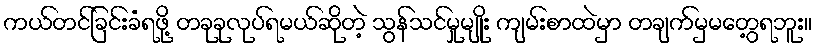
ကယ်တင်ခြင်းခံရဖို့ တခုခုလုပ်ရမယ်ဆိုတဲ့ သွန်သင်မှုမျိုး ကျမ်းစာထဲမှာ တချက်မှမတွေ့ရဘူး။